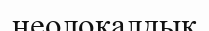
неолокалдық